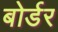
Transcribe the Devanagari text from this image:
बोर्डर